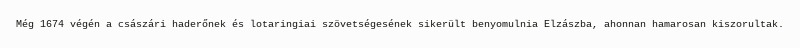
Még 1674 végén a császári haderőnek és lotaringiai szövetségesének sikerült benyomulnia Elzászba, ahonnan hamarosan kiszorultak.